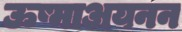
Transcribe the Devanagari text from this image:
ऊष्माअयनन